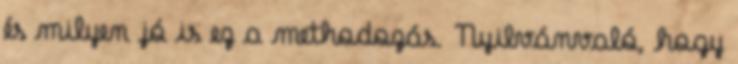
és milyen jó is ez a methodozás. Nyilvánvaló, hogy